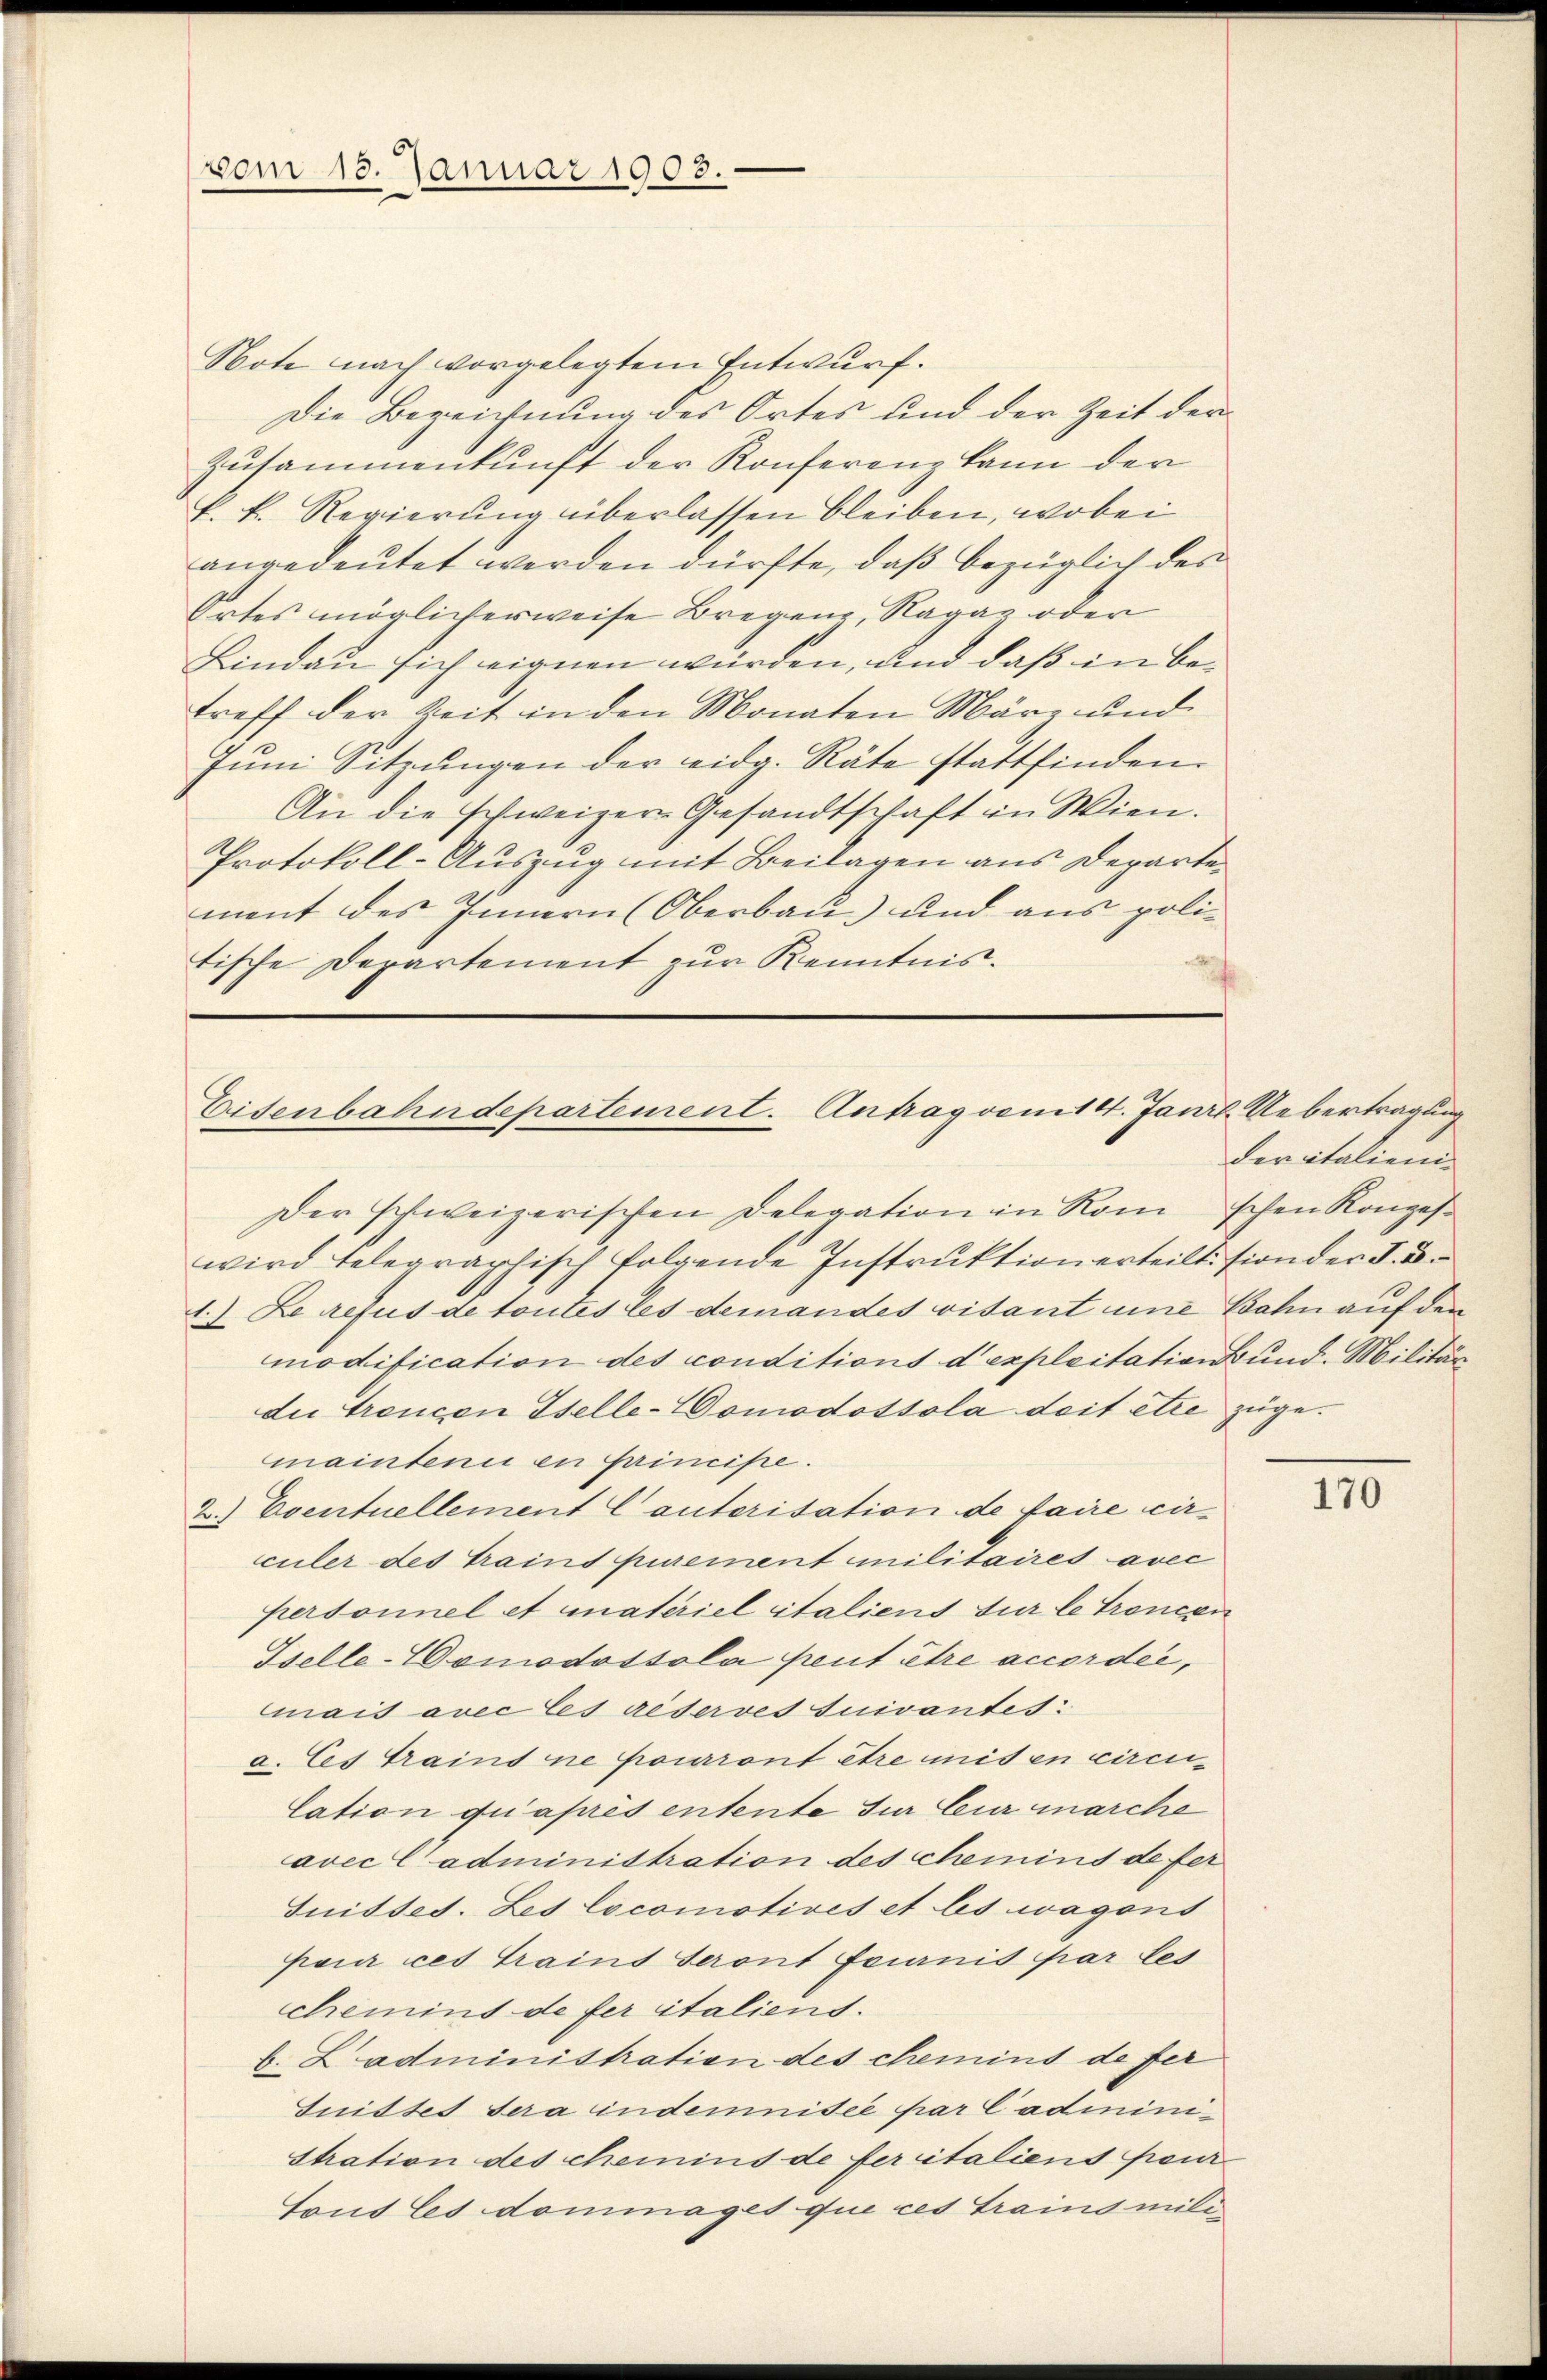
vom 15. Januar 1903.

Note nach vorgelegtem Entwurf.
Die Bezeichnung des Ortes und der Zeit der
Zusammenkunft der Konferenz kann der
k. k. Regierung überlassen bleiben, wobei
angedeutet werden dürfte, daß bezüglich des
Ortes möglicherweise Bregens, Ragaz oder
Lindau sich eignen würden, und daß in betreff der Zeit in den Monaten März und
Juni Sitzungen der eidg. Räte stattfinden.
An die schweizer-Gesandtschaft in Wien.
Protokoll-Auszug mit Beilagen aus Departement des Innern (Oberbau) und aus politische Departement zur Kenntnis.
.

Eisenbahndepartement. Antrag vom 14. Janil Uebertragung
Der schweizerischen Delegation in Rom schen Konges¬

wird telegraphisch folgende Instruktion erteilt sion der I. B.
1.) Le refus de toutes les demandes visant une Bahn auf den
modification des conditions d’exploitation und. Militär
die Trencen Iselle-Vomodossola deit etce zugemainteni en principe.
2.) Eventuellement Cautorisation de faire circuler des Traint purement militaires avec
personnel et materiel italiens für le trencen
Iselle-Womodossola peut être accordée,
mais avec les réserves suivantes:
a. Es traint ne pourront être mis en circu¬
Cation qu’après entente sur Cur marche
avec C administration des Chemins de fer
Suisses. Les locomotives et les wagons
pour cet Grains Seront Feurnis par les
chemint de fer italiens.
b. Ladministration des chemins de fer
Guittes sera indemnitée par Cadininistration des chemins de feritaliens feur
Tous les dommages que ces Trains mili¬

der italieni¬

170